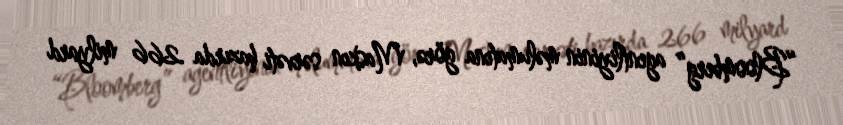
“Bloomberg” agentliyinin məlumatına görə, Maskın sərvəti hazırda 266 milyard